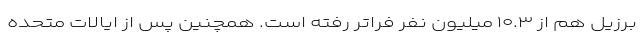
برزیل هم از ۱۰.۳ میلیون نفر فراتر رفته است. همچنین پس از ایالات متحده